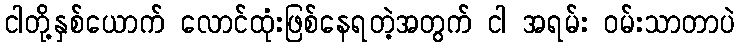
ငါတို့နှစ်ယောက် လောင်ထုံးဖြစ်နေရတဲ့အတွက် ငါ အရမ်း ဝမ်းသာတာပဲ